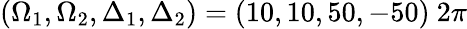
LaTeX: (\Omega_{1},\Omega_{2},\Delta_{1},\Delta_{2})=(10,10,50,-50)~2\pi